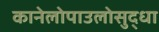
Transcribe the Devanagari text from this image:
कानेलोपाउलोसुद्धा